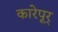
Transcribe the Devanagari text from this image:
कारेपूर्